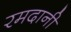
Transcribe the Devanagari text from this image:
रमदानी